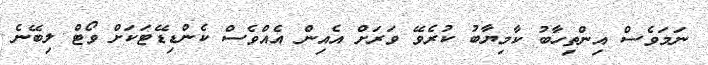
ނަމަވެސް އިންތިހާބު ކާމިޔާބު ކުރެވޭ ވަރަށް އެއިން އެއްވެސް ކެންޑިޑޭޓަކަށް ވޯޓް ލިބޭނެ